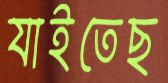
যাইতেছ